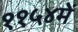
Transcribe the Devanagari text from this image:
११५४में